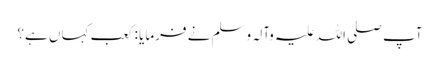
آپ صلی اللہ علیہ وآلہ وسلم نے فرمایا : کعب کہاں ہے؟